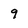
Character: 9